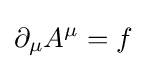
\partial _{\mu }A^{\mu }=f